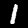
Label: 1